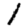
Digit: 1